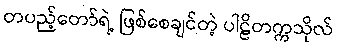
တပည့်တော်ရဲ့ ဖြစ်စေချင်တဲ့ ပါဠိတက္ကသိုလ်